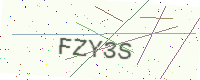
Text: FZY3S